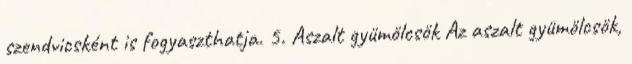
szendvicsként is fogyaszthatja. 5. Aszalt gyümölcsök Az aszalt gyümölcsök,